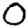
Digit: 0